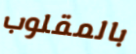
بالمقلوب